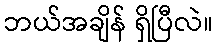
ဘယ်အချိန် ရှိပြီလဲ။